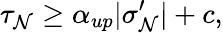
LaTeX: \tau_{\mathcal{N}}\geq\alpha_{up}|\sigma_{\mathcal{N}}^{\prime}|+c,